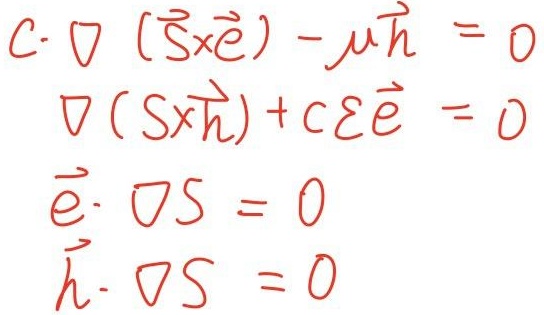
\[
\begin{align*}
c\cdot\nabla(\vec{S}\times\vec{e})-\mu\vec{h}&=0\\
\nabla(\vec{S}\times\vec{h})+c\varepsilon\vec{e}&=0\\
\vec{e}\cdot\nabla S&=0\\
\vec{h}\cdot\nabla S&=0
\end{align*}
\]